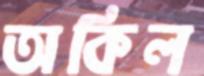
অকিল